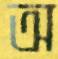
অ